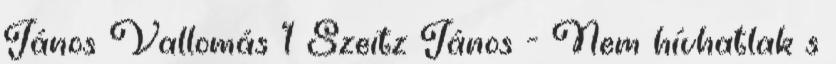
János Vallomás 1 Szeitz János - Nem hívhatlak s